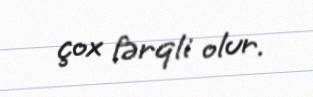
çox fərqli olur.